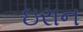
ઇરાન